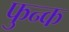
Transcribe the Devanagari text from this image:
फुन्क